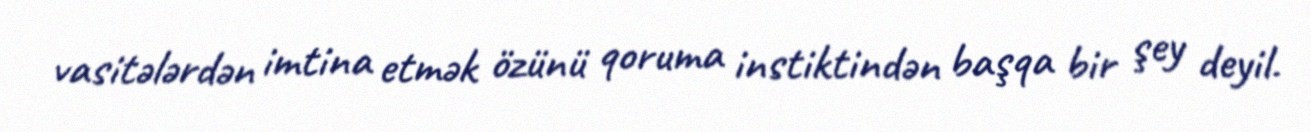
vasitələrdən imtina etmək özünü qoruma instiktindən başqa bir şey deyil.